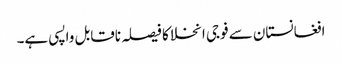
افغانستان سے فوجی انخلا کا فیصلہ ناقابل واپسی ہے۔